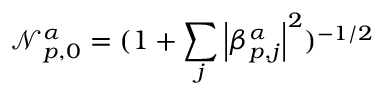
\mathcal { N } _ { p , 0 } ^ { \alpha } = ( 1 + \sum _ { j } \left| \beta _ { p , j } ^ { \alpha } \right| ^ { 2 } ) ^ { - 1 / 2 }